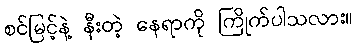
စင်မြင့်နဲ့ နီးတဲ့ နေရာကို ကြိုက်ပါသလား။